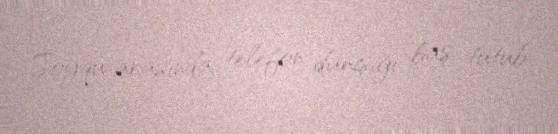
Şoyqu arasında telefon danışığı baş tutub.